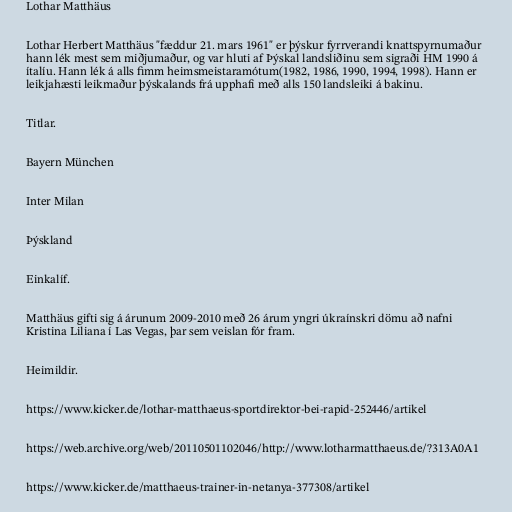
Lothar Matthäus

Lothar Herbert Matthäus "fæddur 21. mars 1961" er þýskur fyrrverandi knattspyrnumaður
hann lék mest sem miðjumaður, og var hluti af Þýskal landsliðinu sem sigraði HM 1990 á
ítalíu. Hann lék á alls fimm heimsmeistaramótum(1982, 1986, 1990, 1994, 1998). Hann er
leikjahæsti leikmaður þýskalands frá upphafi með alls 150 landsleiki á bakinu.

Titlar.

Bayern München

Inter Milan

Þýskland

Einkalíf.

Matthäus gifti sig á árunum 2009-2010 með 26 árum yngri úkraínskri dömu að nafni
Kristina Liliana í Las Vegas, þar sem veislan fór fram.

Heimildir.

https://www.kicker.de/lothar-matthaeus-sportdirektor-bei-rapid-252446/artikel

https://web.archive.org/web/20110501102046/http://www.lotharmatthaeus.de/?313A0A1

https://www.kicker.de/matthaeus-trainer-in-netanya-377308/artikel